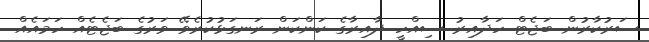
ސަރުކާރުން ބަޖެޓް ހަދާއިރު ސިއްހީ ދާއިރާގެ ކަންކަން ރަނގަޅުކުރެވޭ ވަރުގެ ބަޖެޓެއް ހަމައެއް